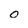
Character: O